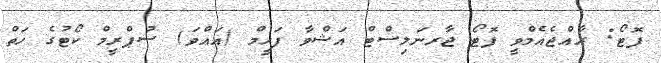
ފޮޓޯ: ރާއްޖެއެމްވީ ފޮޓޯ ޖާރނަލިސްޓް އަޝްވާ ފަހީމް (އައްވަ) ސުޕްރީމް ކޯޓުގެ ހަތް